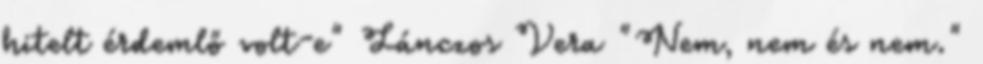
hitelt érdemlő volt-e" Lánczos Vera "Nem, nem és nem."